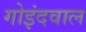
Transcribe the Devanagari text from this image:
गोइंदवाल